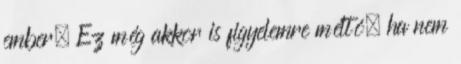
ember. Ez még akkor is figyelemre méltó, ha nem